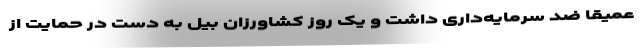
عمیقا ضد سرمایه‌داری داشت و یک روز کشاورزان بیل به دست در حمایت از